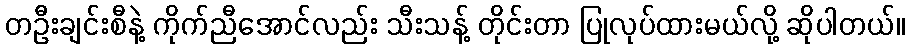
တဦးချင်းစီနဲ့ ကိုက်ညီအောင်လည်း သီးသန့် တိုင်းတာ ပြုလုပ်ထားမယ်လို့ ဆိုပါတယ်။